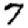
Digit: 7